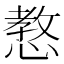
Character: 𢠛